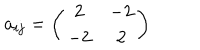
LaTeX: a _ { i j } = \left( \begin{array} { c c } { { 2 } } & { { - 2 } } \\ { { - 2 } } & { { 2 } } \\ \end{array} \right)